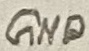
Text: GND